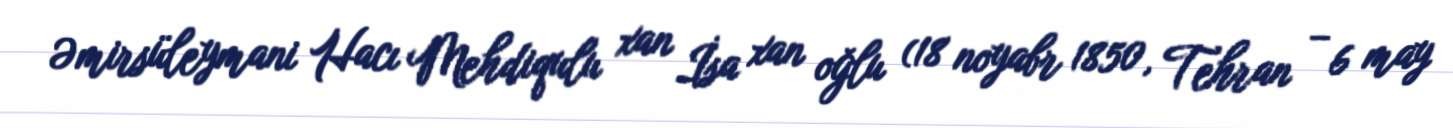
Əmirsüleymani Hacı Mehdiqulu xan İsa xan oğlu (18 noyabr 1850, Tehran – 6 may